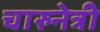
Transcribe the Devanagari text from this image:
चारुनेत्री